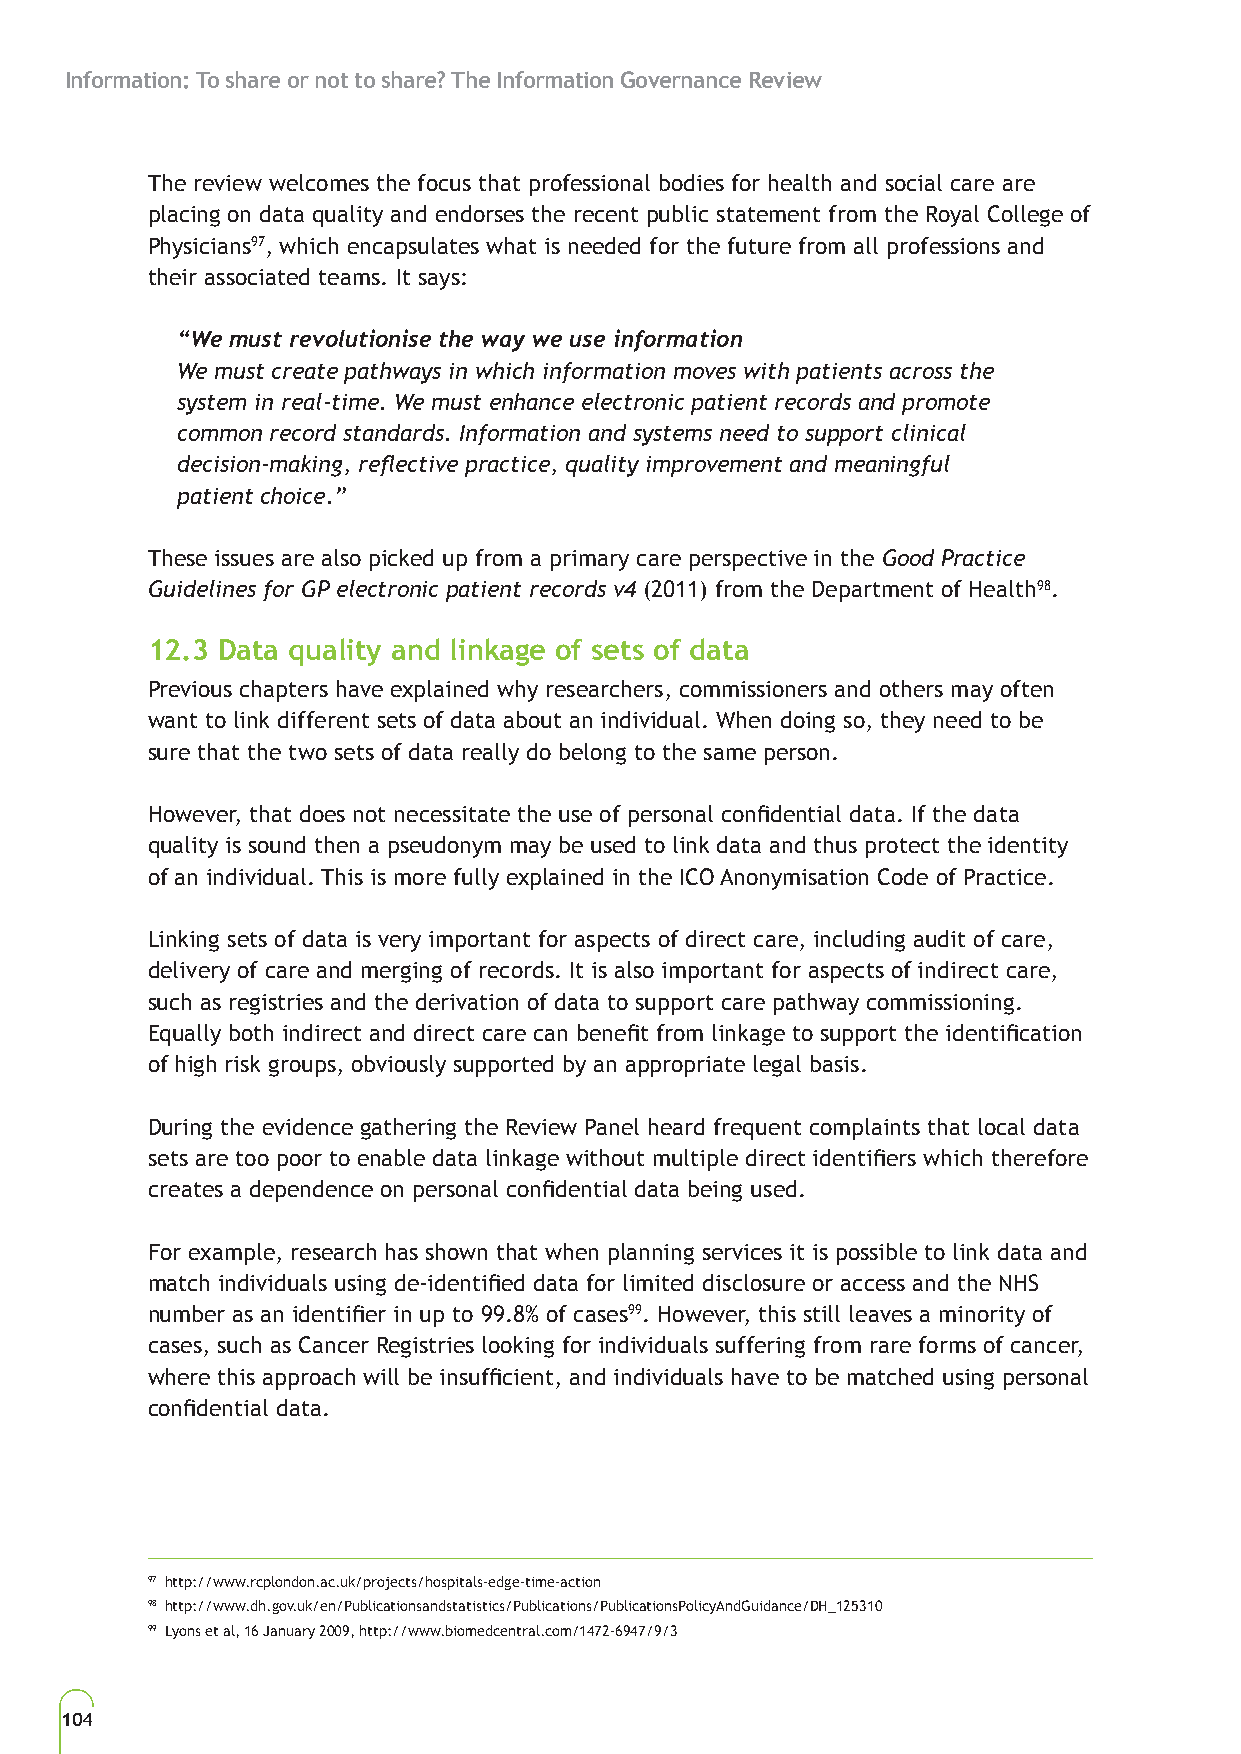
Information: To share or not to share? The Information Governance Review
 The review welcomes the focus that professional bodies for health and social care are
 placing on data quality and endorses the recent public statement from the Royal College of
 Physicians97, which encapsulates what is needed for the future from all professions and
 their associated teams. It says:
 “We must revolutionise the way we use information
 We must create pathways in which information moves with patients across the
 system in real-time. We must enhance electronic patient records and promote
 common record standards. Information and systems need to support clinical
 decision-making, reflective practice, quality improvement and meaningful
 patient choice.”
 These issues are also picked up from a primary care perspective in the Good Practice
 Guidelines for GP electronic patient records v4 (2011) from the Department of Health98.
 12.3 Data quality and linkage of sets of data
 Previous chapters have explained why researchers, commissioners and others may often
 want to link different sets of data about an individual. When doing so, they need to be
 sure that the two sets of data really do belong to the same person.
 However, that does not necessitate the use of personal confidential data. If the data
 quality is sound then a pseudonym may be used to link data and thus protect the identity
 of an individual. This is more fully explained in the ICO Anonymisation Code of Practice.
 Linking sets of data is very important for aspects of direct care, including audit of care,
 delivery of care and merging of records. It is also important for aspects of indirect care,
 such as registries and the derivation of data to support care pathway commissioning.
 Equally both indirect and direct care can benefit from linkage to support the identification
 of high risk groups, obviously supported by an appropriate legal basis.
 During the evidence gathering the Review Panel heard frequent complaints that local data
 sets are too poor to enable data linkage without multiple direct identifiers which therefore
 creates a dependence on personal confidential data being used.
 For example, research has shown that when planning services it is possible to link data and
 match individuals using de-identified data for limited disclosure or access and the NHS
 number as an identifier in up to 99.8% of cases99. However, this still leaves a minority of
 cases, such as Cancer Registries looking for individuals suffering from rare forms of cancer,
 where this approach will be insufficient, and individuals have to be matched using personal
 confidential data.
 97 http://www.rcplondon.ac.uk/projects/hospitals-edge-time-action
 98 http://www.dh.gov.uk/en/Publicationsandstatistics/Publications/PublicationsPolicyAndGuidance/DH_125310
 99 Lyons et al, 16 January 2009, http://www.biomedcentral.com/1472-6947/9/3
 104